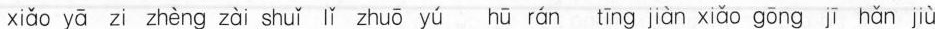
xiǎo yā zi zhèng zài shuǐ lǐ zhuō yú hū rán tīng jiàn xiǎo gōng jī hǎn jù